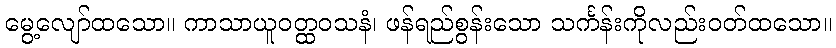
မွေ့လျော်ထသော။ ကာသာယူဝတ္ထဝသနံ၊ ဖန်ရည်စွန်းသော သင်္ကန်းကိုလည်းဝတ်ထသော။